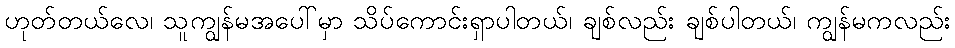
ဟုတ်တယ်လေ၊ သူကျွန်မအပေါ်မှာ သိပ်ကောင်းရှာပါတယ်၊ ချစ်လည်း ချစ်ပါတယ်၊ ကျွန်မကလည်း